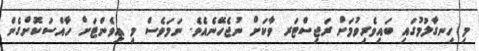
މި ހިނގާލުމުގައި ބައިވެރިވުމަށް ރަޖިސްޓަރ ވާކަށް ނުޖެހޭނެއެވެ. ނަމަވެސް މި އިވެންޓަށް ހާއްސަކޮށްގެން